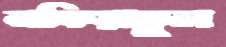
নফিয়াতুল